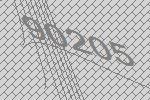
90205